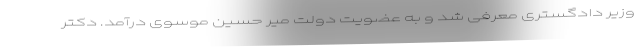
وزیر دادگستری معرفی شد و به عضویت دولت میر حسین موسوی درآمد. دکتر